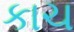
કાચ